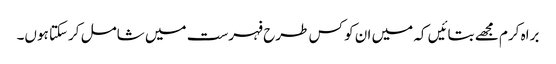
براہ کرم مجھے بتائیں کہ میں ان کو کس طرح فہرست میں شامل کرسکتا ہوں۔